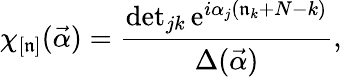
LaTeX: \chi_{[\mathfrak{n}]}(\vec{{\alpha}})=\frac{{\operatorname*{det}_{jk}\mathrm{{e}}^{i\alpha_{j}(\mathfrak{n}_{k}+N-k)}}}{{\Delta(\vec{{\alpha}})}},